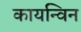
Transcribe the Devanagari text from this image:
कायन्विन